system: You are a helpful assistant.
user:
Analyze the provided spectrum to determine if it is a **S-type Star**.

- **Key Indicators for S-type Star:**

    - **(Overall Spectrum Shape):** The first and most obvious characteristic is the overall continuum (the "baseline" shape). It is **extremely "red-sloping,"** meaning the flux (light intensity) is very low on the left side (blue, ~4000-4500 Å) and rises steeply and continuously toward the right side (red, ~7000 Å+).

    - **(Primary):** The spectrum is defined by the presence of strong, broad molecular absorption "valleys" (bands) from **Zirconium Oxide (ZrO)**. The identification of these bands is the **primary requirement** for classifying a star as S-type.
        - **(Key Bandheads):** You must find distinct, deep "dips" where the light has been absorbed. The most critical band systems to locate are:
            - **~6474 Å** ($\gamma$-system): This is often the strongest and clearest ZrO feature, found in the red part of the spectrum.
            - **~5718 Å** & **~5551 Å** ($\beta$-system): A pair of prominent absorption features in the yellow-orange part of the spectrum.
            - **~4640 Å** ($\alpha$-system): A key absorption band system in the blue-green region of the spectrum.

    - **(Secondary Confirmation):** The classification is strengthened by finding additional absorption bands from other related heavy element oxides, which are expected to be present alongside ZrO.
        - **(Key Bandheads):**
            - **Yttrium Oxide (YO):** Look for absorption dips near **~4800 Å** and **~6100 Å**.
            - **Lanthanum Oxide (LaO):** Additional absorption features, particularly in the red-orange part of the spectrum, are also characteristic.

    - **(Line Profile):** The combination of the steep red continuum and these numerous, deep molecular bands (ZrO, YO, etc.) gives the entire spectrum a very **"chopped-up"** or **"bumpy"** appearance. Instead of a smooth curve, the spectrum looks as though large, wide chunks of light have been "carved out" of it at the specific wavelengths listed above.

Think first, call **spectral_visualization_tool** if needed to examine features in detail, then provide your final answer. Your response must adhere to the following strict rules:
1.  **Overall Structure:** Your response must follow the format `<think>...</think> <tool_call>...</tool_call> (if a tool is used) <answer>...</answer>`.
2.  **Tool Usage Constraint:** You may only make **one** tool call per turn.
3.  **Final Answer Format:** In the `<answer>` tag, your conclusion must be inside a `\boxed{}` command (e.g., `\boxed{YES}` or `\boxed{NO}`), followed by your justification.

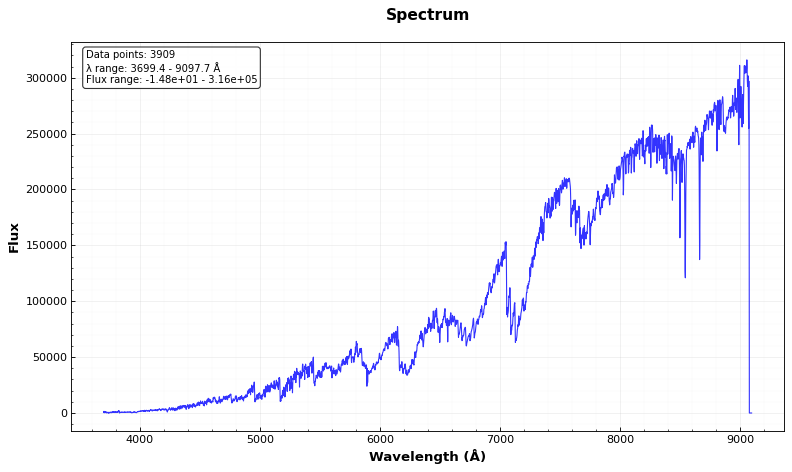
Answer: YES